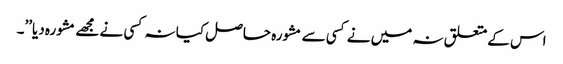
اس کےمتعلق نہ میں نے کسی سے مشورہ حاصل کیا نہ کسی نے مجھے مشورہ دیا’’۔